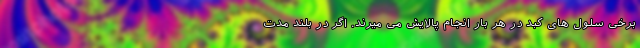
برخی سلول های کبد در هر بار انجام پالایش می میرند. اگر در بلند مدت